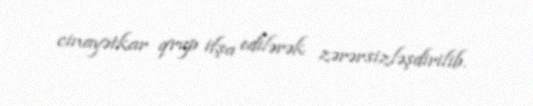
cinayətkar qrup ifşa edilərək zərərsizləşdirilib.